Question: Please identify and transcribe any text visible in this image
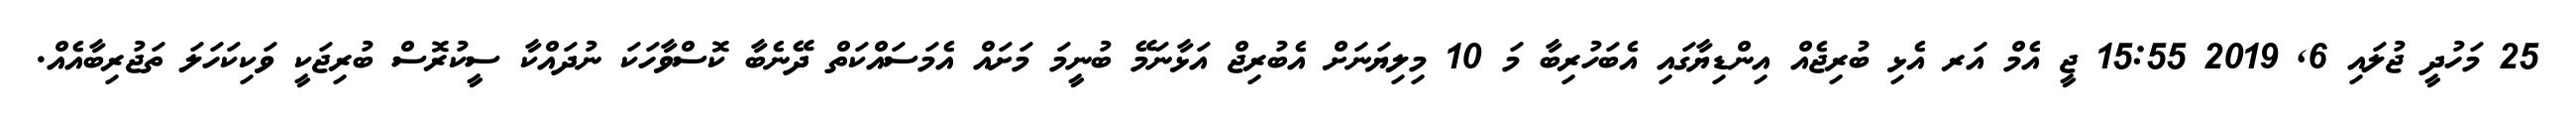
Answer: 25 މަހުދީ ޖުލައި 6, 2019 15:55 ޖީ އެމް އަރ އެޅި ބުރިޖެއް އިންޑިޔާގައި އެބަހުރިބާ މަ 10 މިލިޔަނަށް އެބުރިޖް އަޅާނަމޭ ބުނީމަ މަށައް އެމަސައްކަތް ދޭނެބާ ކޮސްވާހަކަ ނުދައްކާ ސީކުރޮސް ބުރިޖަކީ ވަކިކަހަލަ ތަޖުރިބާއެއް.